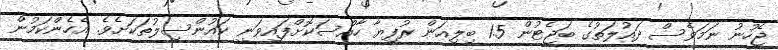
ޖެހުނު ނަމަވެސް ދައުލަތުގެ ބަޖެޓުން 1.5 ބިލިއަން ރުފިޔާ ހާއްސަކޮށްފައިވަނީ ކައުންސިލުތަކަށެވެ. އެހެންކަމުން